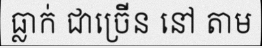
ធ្លាក់ ជាច្រើន នៅ តាម